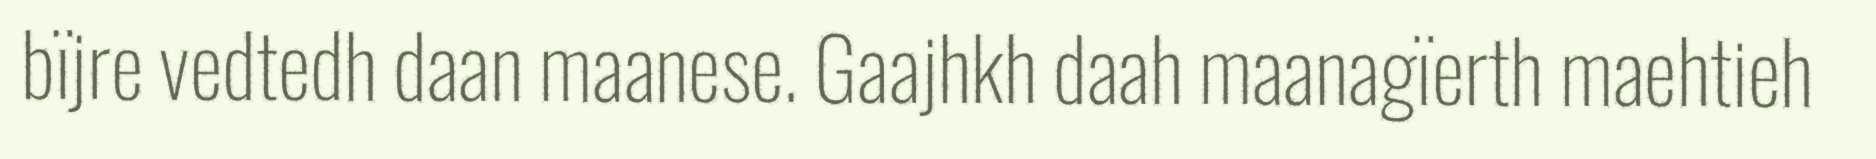
bïjre vedtedh daan maanese. Gaajhkh daah maanagïerth maehtieh